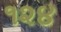
૧૨૪